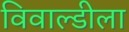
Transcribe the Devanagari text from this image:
विवाल्डीला